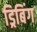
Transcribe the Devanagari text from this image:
ड्रिबिंग